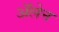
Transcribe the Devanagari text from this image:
ॲलेन